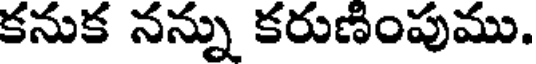
కనుక నన్ను కరుణింపుము.